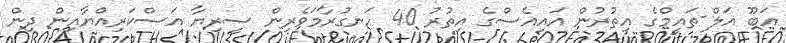
އަބޫ އަލް-ތައީމްގެ އިތުރުން އައިއެސްގެ އިތުރު 40 ހަނގުރާމަވެރިން ސީރިޔާ އަސްކަރިއްޔާއިން ދިން